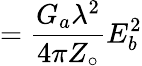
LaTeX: =\displaystyle{{\frac{G_{a}\lambda^{2}}{4\pi Z_{\circ}}}E_{b}^{2}}